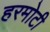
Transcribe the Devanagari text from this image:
हरमोटी